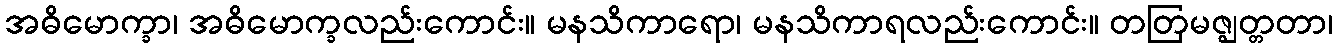
အဓိမောက္ခာ၊ အဓိမောက္ခလည်းကောင်း။ မနသိကာရော၊ မနသိကာရလည်းကောင်း။ တတြမဇ္ဈတ္တတာ၊